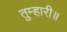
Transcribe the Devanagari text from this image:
तुम्हारी॥